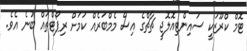
ޓޮމް ކްރޫޒަކީ ސައިންޓިއޮލޮޖީ ޗާޗްގެ އިސް މެމްބަރެއް ކަމަށް ރިޕޯޓްތައް ބުނެ އެވެ.